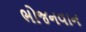
ભોજનવાન